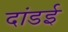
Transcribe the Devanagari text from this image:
दांडई